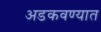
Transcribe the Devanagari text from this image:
अडकवण्यात